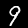
Label: 9